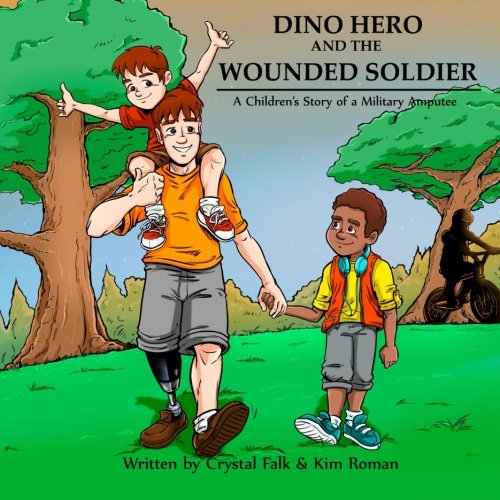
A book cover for Dino Hero and the Wounded Soilder: A Children's Story of a Military Amputee; Crystal A Falk; Parenting & Relationships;